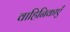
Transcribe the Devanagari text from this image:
वाहिनिकाएँ